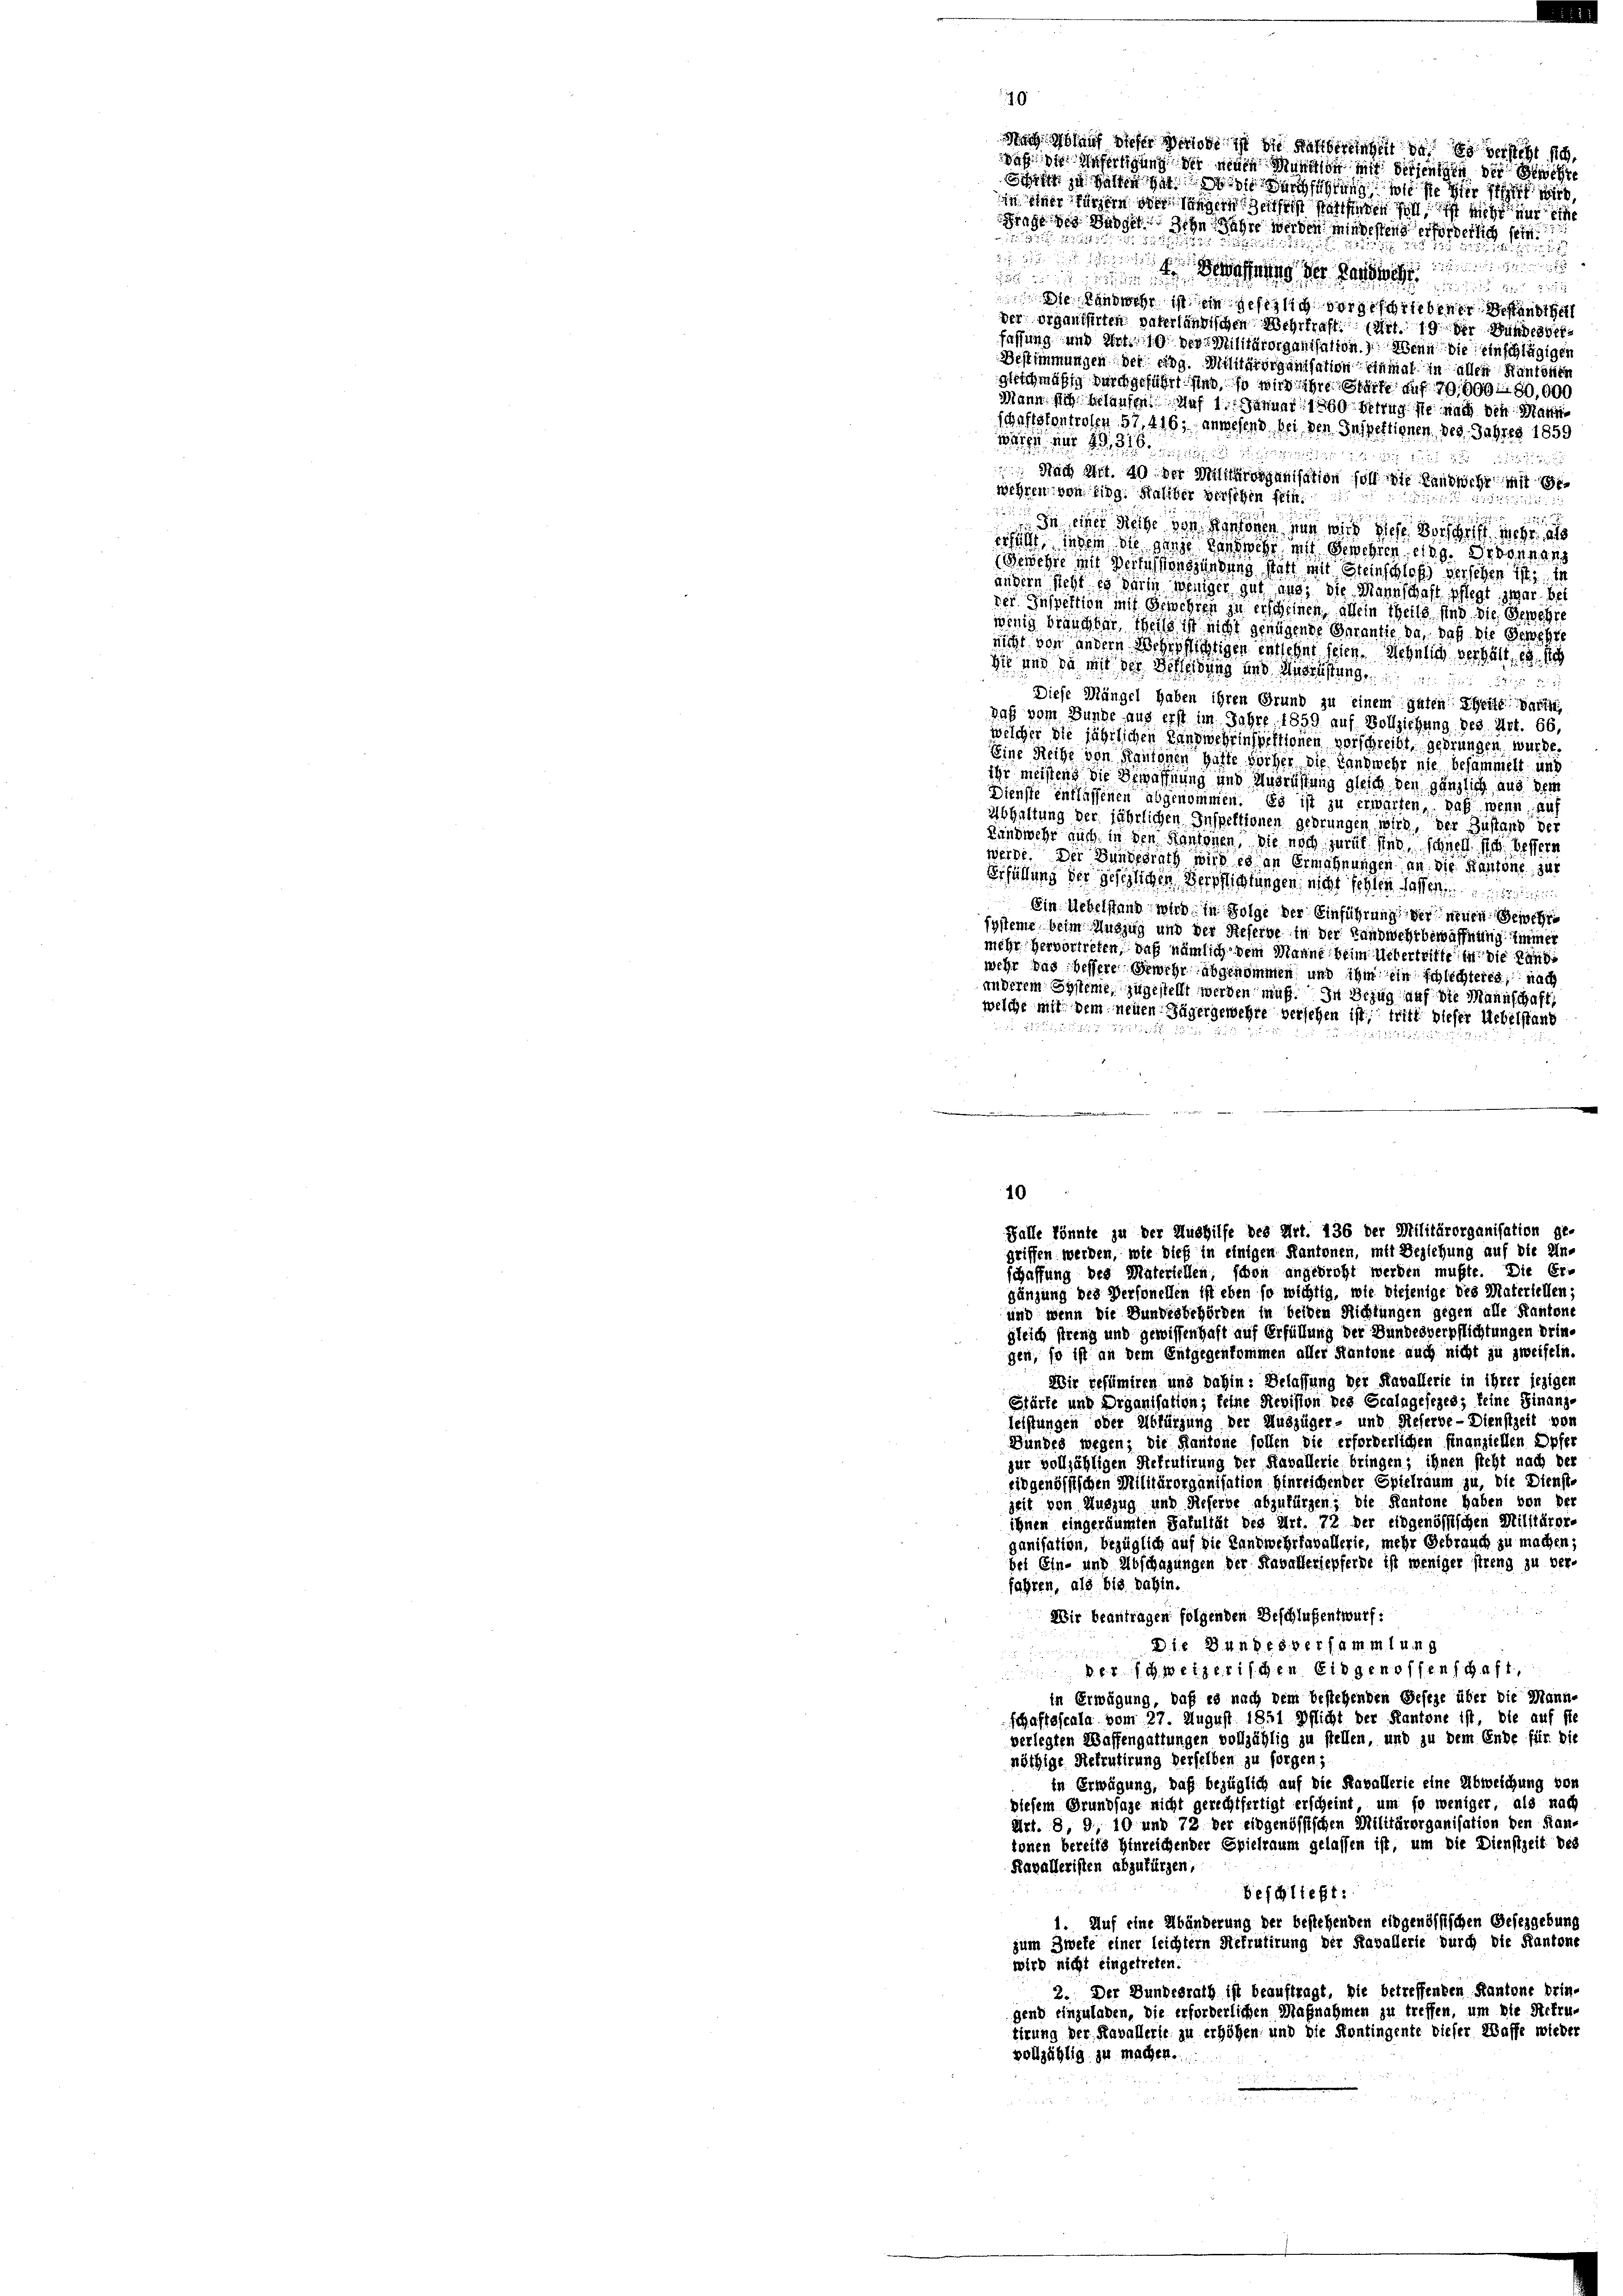
Sch zu halten hat die Verführung wie sie zur Schnet wird,
in einer fürzern oder singern Zeitserst stattfinden soll, ist nicht nur eine
Frage des Bürger Zehn Jahre werden mindestens erforderlich sein

22
2
tigung
 de

 die Landwehr ist ein gesetzlich vorgeschriebener Bestandtheil
der organisirten paterländischen Wehrkraft (Art. 19 der Bundesverfassung und Art. 19 der Militärorganisation. Wenn die einschlägiger
Bestimmungen der eidg. Militärorganisation einmal in allen Kantonen
gleichmäßig durchgeführt sind, so wird ihre Starte auf 70,000. 90,000
Mann. Ich belaufen. Auf 1. Januar 1860 betrug sie nach den Mann
Gaftskontrosen 57. 416, anwesend, bei den Inspettignen, des Jahres 1859
waren 10 des

 Nach Art. 20 der Militärorganisation soll die Landsicht mit gewehren von Eing. Haller verschen fein.
r
2275.
 einer Reihe von Kantonen nun wird diese Botschrift mehr a
erhut, indem die junge Landwehr in Gewehren, eing. Dr vonnanz
Gewehre mit Verfassenszündung statt mit Steinschlaf versehen ist in
andern steht es darin weniger gut aus, die Mannschaft pflegt zwar bei
der Inspektion mit Gewehren zu erscheinen, allein theils sind die Gewehre
wenig brauchbar theils ist nicht genügende Garantie da, daß die Gewehte
nicht von andern Wehrpflichtigen entsehnt seien. Aehnlich verhält, es sich
Sie und da mit der Bekleidung und Ausrüstung
5
Diese Mängel haben ihren Grund zu einem guten Theile darin,
saß vom Bunde aus erst im Jahre 1859 auf Vollziehung des Art. 66,
welcher die jährlichen Landwehrinspektionen vorschreibt, gedrungen, wurde.
Eine Reihe von Kantonen Gatte vorher die Landwehr nie besammelt und
ihr meistens die Bewaffnung und Ausrichtung gleich den gänzlich aus dem
Dienste entlassenen abgenommen. Es ist zu erwarten, daß wenn au
Abhaltung der jährlichen Inspektionen gedrungen wird, der Zustand der
Landwehr auch in den Kantonen, die noch jenet sind, schnell sich bessern
werde. Der Bundesrath wird es an Ermahnungen an die Kantone, zur
Erfüllung der gesezlichen Verpflichtungen nicht fehlen lassen
Ein. Uebelstand wird in Folge der Einführung der neuen Gewehrsysteme beim Auszug und der Reserve in der Handwehrbewaffnung immer
mehr hervortreten, daß nämlich dem Manne beim Uebertritte in die Kandi
wehr was bessere Gewehr abgenommen, und ihm ein schlechteres, nach
anderem Systeme, zugestellt werden muß. In Bezug auf die Mannschaft,
welche mit dem neuen Jägergewehre versehen ist, tritt dieser Uebelstand

5
10
Falle könnte zu der Aushilfe des Art. 136 der Militärorganisation ge-
griffen werden, wie dieß in einigen Kantonen, mit Beziehung auf die Un-
schaffung des Materiellen, schon angebroht werden mußte. Die Er-
gänzung des Personellen ist eben so wichtig, wie diejenige des Materiellen;
und wenn die Bundesbehörden in beiden Richtungen gegen alle Kantone
gleich streng und gewissenhaft auf Erfüllung der Handesverpflichtungen dringen, so ist an dem Entgegenkommen aller Kantone auch nicht zu zweifeln.
Wir resümiren und dahin: Belassung der Kavallerie in ihrer jezigen
Stärte und Organisation; feine Revision des Gralagefiges, seine Finanz-
leistungen oder Abkürzung der Auszüger- und Referbe-Dienstzeit von
Wundes wegen; die Kantone sollen die erforderlichen finanziellen Opfer
jur volljähligen Refrulirung der Kavallerie bringen; ihnen steht nach der
ridgenössischen Militärorganisation hinreichender Spielraum zu, die Dienste
zeit von Auszug und Referbe abzufürgen; die Kantone haben von der
ihnen eingeräumten Fakultät des Art. 72 der eidgenössischen Militäror-
ganisation, bezüglich auf die Landwehrfavallerie, mehr Gebrauch zu machen:
pei Ein- und Abschafungen der Havatteriepferde ist weniger streng zu ver-
fahren, als bis dahin.
Wir beantragen folgenden Beschlußentwurf:
Die Bundesversammlung

 der Schweizerischen Eidgenossenschaft,
in Erwägung, daß es nach dem bestehenden Geseze über die Mann-
schaftsscala vom 27. August 1851 Pflicht der Kantone ist, die auf sie
verlegten Waffengattungen vollzählig zu stellen, und zu dem Ende für die
nöthige Rekrutirung derselben zu sorgen;
in Erwägung, daß bezüglich auf die Kavallerie eine Abweichung von
diesem Grundlage nicht gerechtfertigt erscheint, um so weniger, als nach
Art. 8, 9, 10 und 72 der eidgenössischen Militärorganisation den Kan-
tonen bereits hinreichender Spielraum gelassen ist, um die Dienstzeit des
Kavalleristen abzufürgen,

Beschließt:
1. Auf eine Abänderung der bestehenden eidgenössischen Gesezgebung
zum Zweke einer leichtern Sefrutirung der Kavallerie durch die Kantone
wird nicht eingetreten.
3. Der Bundesrath ist beauftragt. Die betreffenden Kantone dringend einzuladen, die erforderlichen Maßnahmen zu treffen, um die Retru-
tirung der Kavallerie zu erhöhen, und die Kontingente dieser Waffe wieder
vollzählig zu machen.

ach Ablauf dieser Periode ist in Faltbereinheit da es versicht sich
was die Anfertigung der neuen Munition mit derjenigen der Gewehre